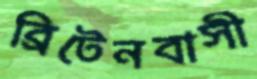
ব্রিটেনবাসী